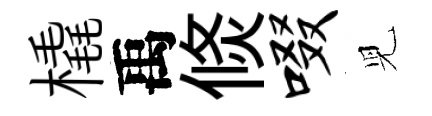
橇禹倐啜児